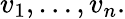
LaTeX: v_{1},\ldots,v_{n}.